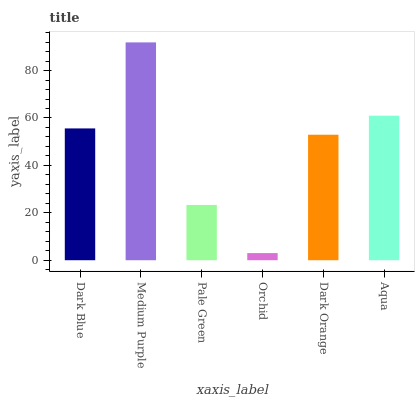
| xaxis_label | bars |
 | --- | --- |
 | Dark Blue | 55.6 |
 | Medium Purple | 91.9 |
 | Pale Green | 23.3 |
 | Orchid | 3.01 |
 | Dark Orange | 52.9 |
 | Aqua | 61 |